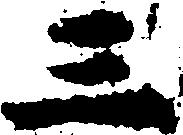
三